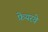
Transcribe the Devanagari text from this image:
फ़ेयरवे